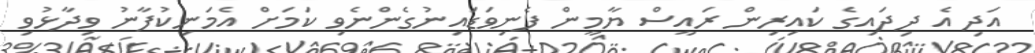
އަދި އެ ދިދައިގެ ކައިރިން ރައީސް ޔާމީން ފެނިވަޑައިނުގެންނެވި ކަމަށް އެމަނިކުފާނު ވިދާޅުވި